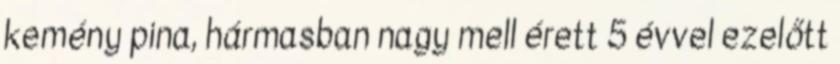
kemény pina, hármasban nagy mell érett 5 évvel ezelőtt